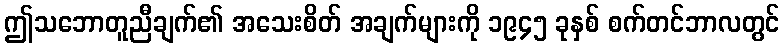
ဤသဘောတူညီချက်၏ အသေးစိတ် အချက်များကို ၁၉၄၅ ခုနှစ် စက်တင်ဘာလတွင်